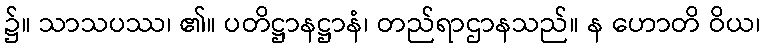
၌။ သာသပဿ၊ ၏။ ပတိဋ္ဌာနဋ္ဌာနံ၊ တည်ရာဌာနသည်။ န ဟောတိ ဝိယ၊